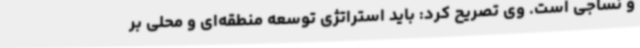
و نساجی است. وی تصریح کرد: باید استراتژی توسعه منطقه‌ای و محلی بر